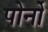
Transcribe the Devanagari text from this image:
पोर्नो